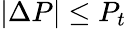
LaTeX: |\Delta P|\le P_{t}